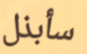
سأبذل